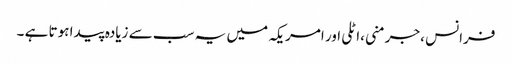
فرانس ،جرمنی ،اٹلی اور امریکہ میں یہ سب سے زیادہ پیدا ہوتا ہے ۔